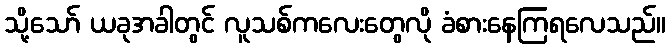
သို့သော် ယခုအခါတွင် လူသစ်ကလေးတွေလို ခံစားနေကြရလေသည်။